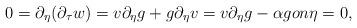
LaTeX: \begin{align*} 0=\partial_{\eta } ( \partial_\tau w)=v\partial_{\eta } g+g\partial_{\eta }v =v\partial_{\eta } g-\alpha g on \eta=0, \end{align*}